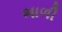
ભાળી